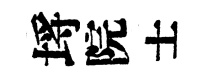
埓院士